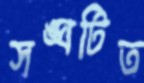
সঙ্ঘটিত